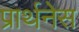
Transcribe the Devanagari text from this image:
प्रार्थनेस